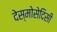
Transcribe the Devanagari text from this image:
देस्मोसेदिसी